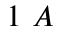
1 \ A